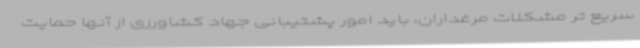
سریع تر مشکلات مرغداران، باید امور پشتیبانی جهاد کشاورزی از آنها حمایت